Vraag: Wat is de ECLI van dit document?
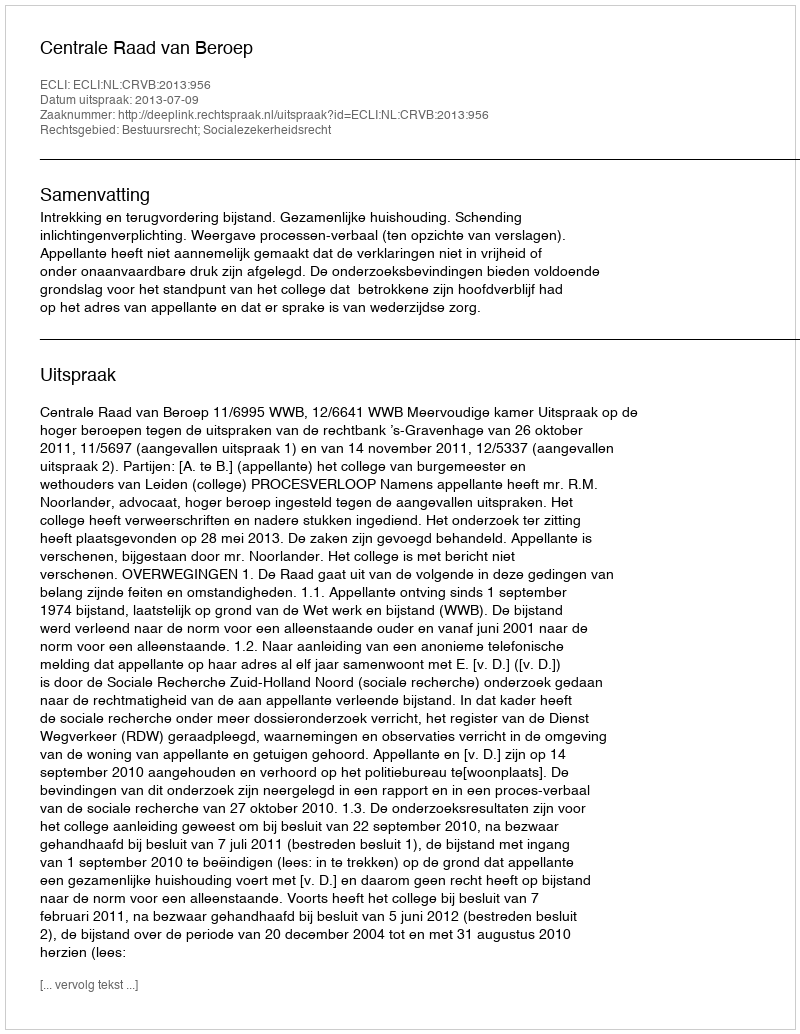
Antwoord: ECLI:NL:CRVB:2013:956